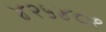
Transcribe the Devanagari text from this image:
४२५४०१